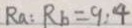
R _ { a } : R _ { b } = 9 : 4